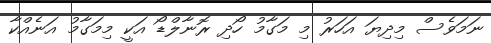
ނަމަވެސް މިދިޔަ އަހަރު މި މަގާމު ހޯދި ރޮނާލްޑޯ އަކީ މިމަގާމު އަނެއްކާ